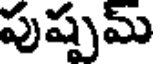
పుష్పమ్